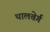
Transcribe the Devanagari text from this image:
थालबेर्ग